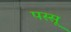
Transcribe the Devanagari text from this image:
पस्सू